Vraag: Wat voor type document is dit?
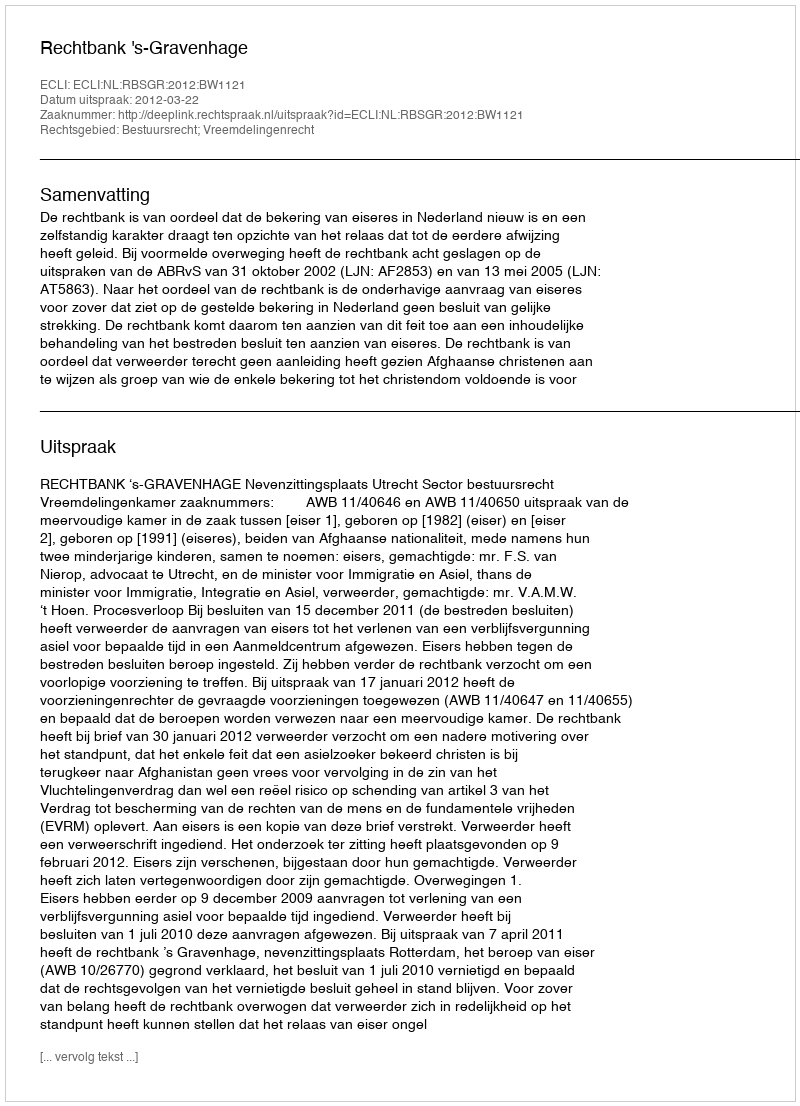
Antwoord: Uitspraak